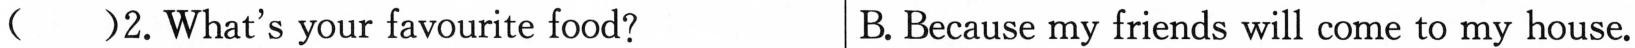
( )2.What's your favourite food? B.Because my friends will come to my house.